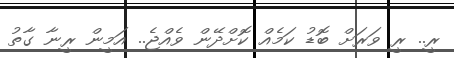
ރީ.. ރީ ވަރަށް ބޮޑު ކަމެއް ކޮށްދޭން ވެއްޖެ.. އަމީން ރީނާ ގާތު